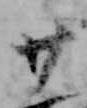
廿